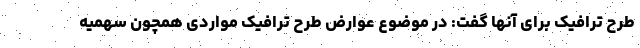
طرح ترافیک برای آنها گفت: در موضوع عوارض طرح ترافیک مواردی همچون سهمیه